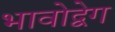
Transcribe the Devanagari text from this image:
भावोद्वेग